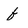
Character: f